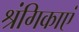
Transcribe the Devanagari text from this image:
श्रंगिकाएं